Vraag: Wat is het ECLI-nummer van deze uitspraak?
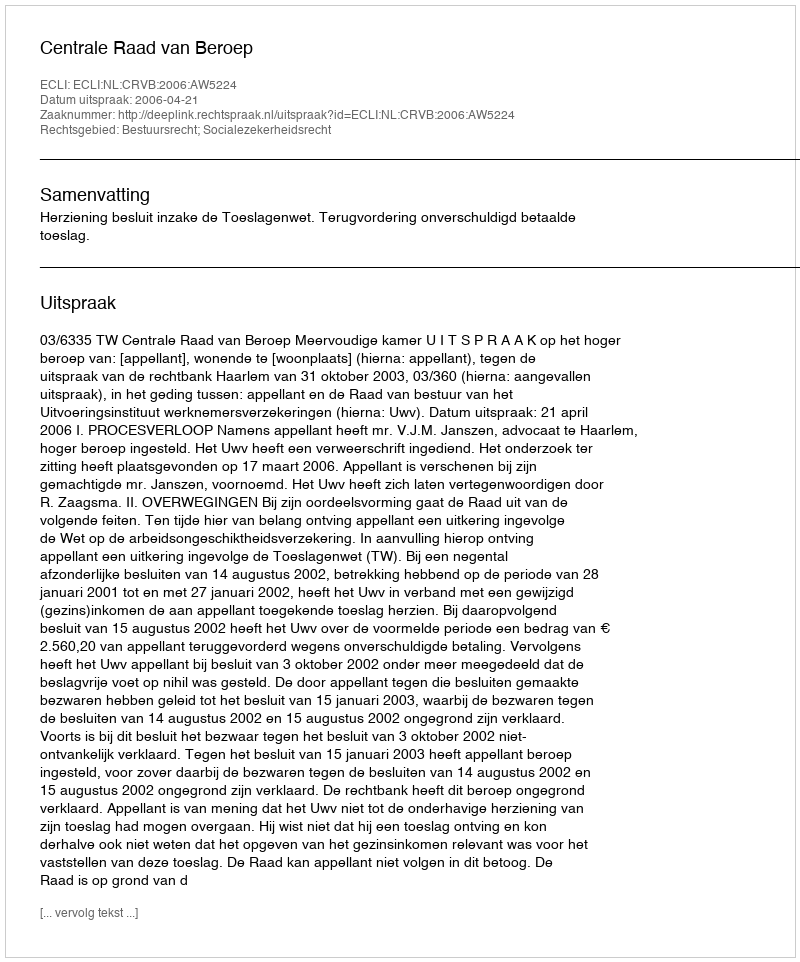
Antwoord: ECLI:NL:CRVB:2006:AW5224